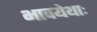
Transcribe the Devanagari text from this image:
भावयेथाः